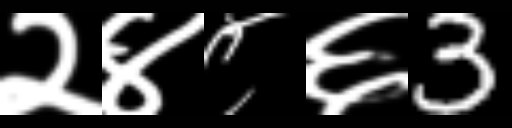
Text: २४८६3